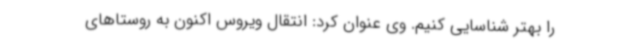
را بهتر شناسایی کنیم. وی عنوان کرد: انتقال ویروس اکنون به روستاهای